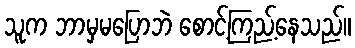
သူက ဘာမှမပြောဘဲ စောင့်ကြည့်နေသည်။